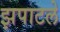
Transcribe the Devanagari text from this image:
झपाटले